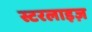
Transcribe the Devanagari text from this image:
स्टरलाइज़